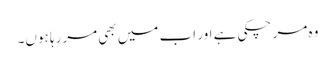
وہ مر چکی ہے اور اب میں بھی مررہا ہوں۔